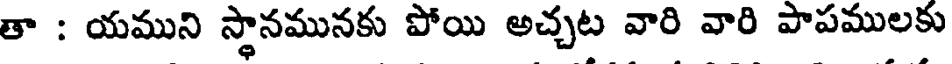
తా : యముని స్థానమునకు పోయి అచ్చట వారి వారి పాపములకు